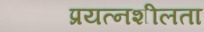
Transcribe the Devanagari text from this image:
प्रयत्नशीलता